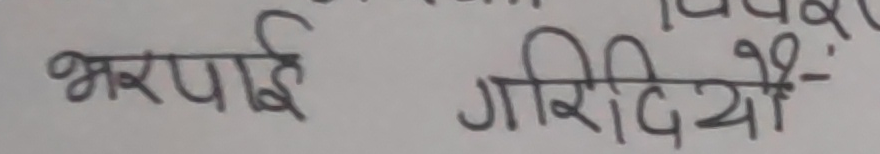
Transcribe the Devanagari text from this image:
भरपाई गरिदियो-